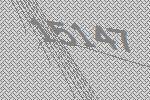
15147